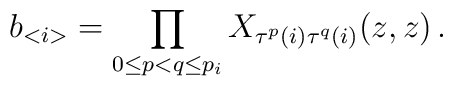
b_{<i>}=\prod _{0\leq p<q\leq p_{i}}X_{\tau ^{p}(i)\tau ^{q}(i)}(z,z)\, .